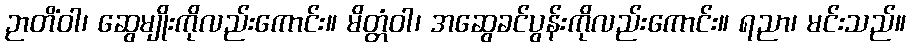
ဉာတိံဝါ၊ ဆွေမျိုးကိုလည်းကောင်း။ မိတ္တံဝါ၊ အဆွေခင်ပွန်းကိုလည်းကောင်း။ ရညာ၊ မင်းသည်။